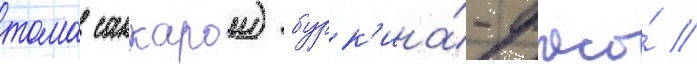
тома санкарои) бурк'ина́-фасо́ //